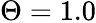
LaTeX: \Theta=1.0